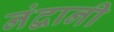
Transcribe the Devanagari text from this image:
नंद्वानी